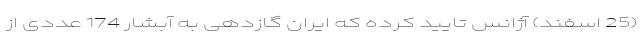
(25 اسفند) آژانس تایید کرده که ایران گازدهی به آبشار 174 عددی از